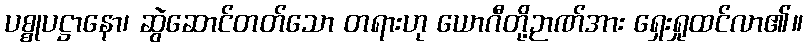
ပစ္စုပဋ္ဌာနော၊ ဆွဲဆောင်တတ်သော တရားဟု ယောဂီတို့ဉာဏ်အား ရှေးရှုထင်လာ၏။